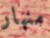
منهار